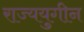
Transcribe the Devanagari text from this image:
राज्ययुगीन